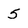
Character: 5